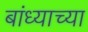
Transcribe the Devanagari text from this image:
बांध्याच्या